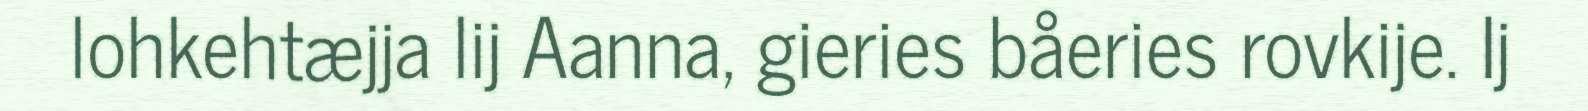
lohkehtæjja lij Aanna, gieries båeries rovkije. Ij